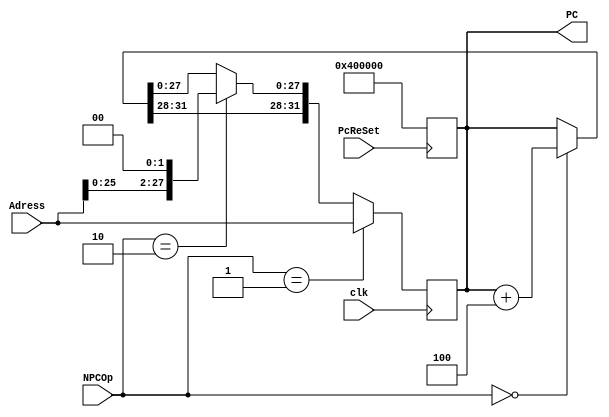
module PcUnit(PC,PcReSet,NPCOp,clk,Adress);

	input   PcReSet;
	input   clk;
	input   [31:0] Adress;
	input   [1:0]NPCOp;
	
	output reg[31:0] PC;
	
	integer i;
	reg [31:0] temp;
	always @(posedge PcReSet)
	begin
		PC = 32'h0040_0000;
	end

	always@(negedge clk)
	begin
		if (NPCOp == 2'b00)	
			PC = PC+4;
	  	if(NPCOp== 2'b10)
			PC = {PC[31:28],Adress[25:0],2'b00};
		if (NPCOp==2'b01)
			PC=Adress;
	end
endmodule